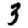
Digit: 3